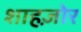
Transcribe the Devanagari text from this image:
शाहज़ोर